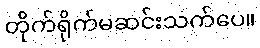
တိုက်ရိုက်မဆင်းသက်ပေ။